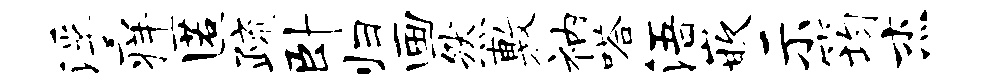
浮痒匿疏卧归画然敷衲嗒浯嵌示筠杰